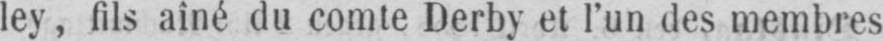
ley, fils aîné du comte Derby et l’un des membres